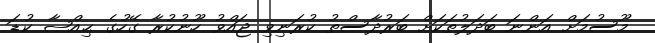
މޫސުމަށް އަންނަ ބަދަލުތަކަށް ބަރުދާސްތު ކުރަނިވި ޖައްވު ހޫނުކުރާ ގޭހުގެ ޙިއްޞާ ކުޑަ